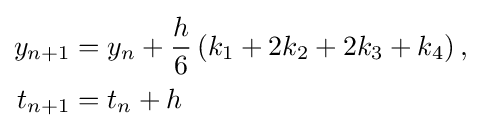
{\begin{aligned}y_{n+1}&=y_{n}+{\frac {h}{6}}\left(k_{1}+2k_{2}+2k_{3}+k_{4}\right),\\t_{n+1}&=t_{n}+h\\\end{aligned}}